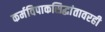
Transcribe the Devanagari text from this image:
कर्मविपाकसिद्धांतावरही